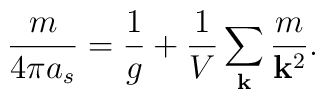
{m \over 4 \pi a_s}={1\over g}        + {1\over V}\sum_{\bf k}{m \over {\bf k}^2} .